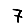
Digit: 7